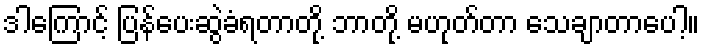
ဒါကြောင့် ပြန်ပေးဆွဲခံရတာတို့ ဘာတို့ မဟုတ်တာ သေချာတာပေါ့။